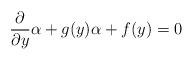
LaTeX: \begin{align*}\frac{\partial}{\partial y}\alpha +g(y)\alpha +f(y)=0\end{align*}